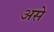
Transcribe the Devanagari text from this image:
असेे